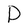
Character: D